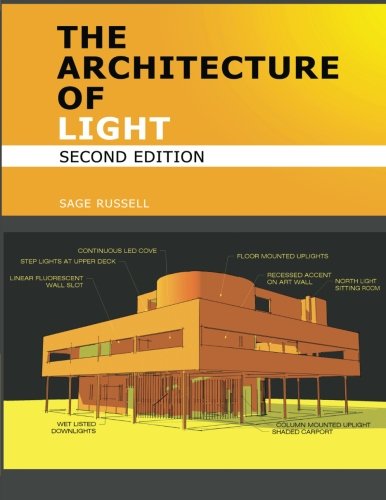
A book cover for The Architecture Of Light (2nd Edition): A textbook of procedures and practices for the Architect, Interior Designer and Lighting Designer.; Sage Russell; Arts & Photography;